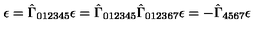
\epsilon = \hat { \Gamma } _ { 0 1 2 3 4 5 } \epsilon = \hat { \Gamma } _ { 0 1 2 3 4 5 } \hat { \Gamma } _ { 0 1 2 3 6 7 } \epsilon = - \hat { \Gamma } _ { 4 5 6 7 } \epsilon